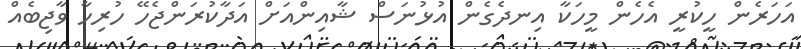
އަހަރެން ހީކުރީ އެހެން މީހަކާ އިނދެގެން އުޅުނަސް ޝާއިންއަށް އަދާކުރަންޖެހޭ ހުރިހާ ވާޖިބެއް